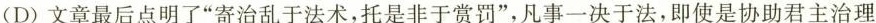
(D)文章最后点明了”寄治乱于法术，托是非于赏罚”，凡事一决于法，即使是协助君主治理